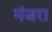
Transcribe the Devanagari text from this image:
मंजरा